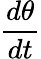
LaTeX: \frac{d\theta}{dt}